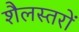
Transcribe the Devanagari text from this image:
शैलस्तरों